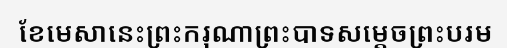
ខែមេសានេះព្រះករុណាព្រះបាទសម្តេចព្រះបរម